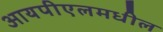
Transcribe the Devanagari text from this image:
आयपीएलमधील